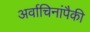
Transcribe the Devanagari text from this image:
अर्वाचिनांपैकी